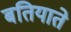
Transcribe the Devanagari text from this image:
बतियाते